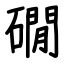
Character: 礀